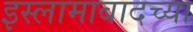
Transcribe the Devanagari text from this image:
इस्लामाबादच्या